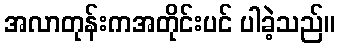
အလာတုန်းကအတိုင်းပင် ပါခဲ့သည်။